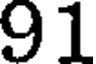
91